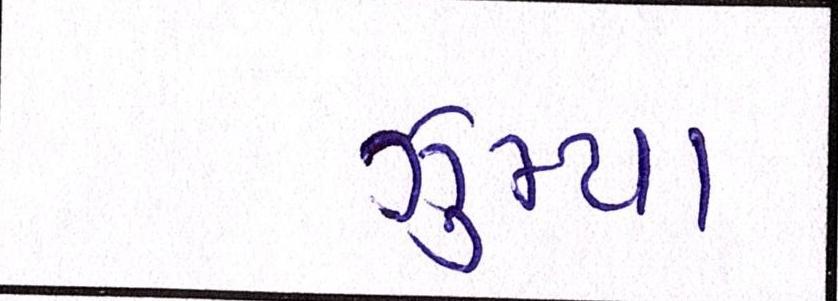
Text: ઝુમ્યા